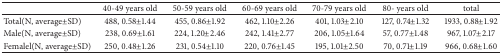
<table><thead><tr><td></td><td><b>40-49 years old</b></td><td><b>50-59 years old</b></td><td><b>60-69 years old</b></td><td><b>70-79 years old</b></td><td><b>80- years old</b></td><td><b>total</b></td></tr></thead><tbody><tr><td>Total(N, average±SD)</td><td>488, 0.58±1.44</td><td>455, 0.86±1.92</td><td>462, 1.10±2.26</td><td>401, 1.03±2.10</td><td>127, 0.74±1.32</td><td>1933, 0.88±1.92</td></tr><tr><td>Male(N, average±SD)</td><td>238, 0.69±1.61</td><td>224, 1.20±2.46</td><td>242, 1.41±2.77</td><td>206, 1.05±1.64</td><td>57, 0.77±1.48</td><td>967, 1.07±2.17</td></tr><tr><td>Femalel(N, average±SD)</td><td>250, 0.48±1.26</td><td>231, 0.54±1.10</td><td>220, 0.76±1.45</td><td>195, 1.01±2.50</td><td>70, 0.71±1.19</td><td>966, 0.68±1.60</td></tr></tbody></table>